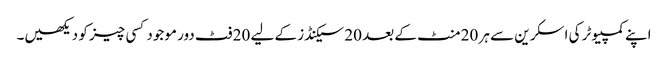
اپنے کمپیوٹر کی اسکرین سے ہر 20 منٹ کے بعد 20 سیکنڈز کے لیے 20 فٹ دور موجود کسی چیز کو دیکھیں۔